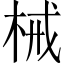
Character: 械